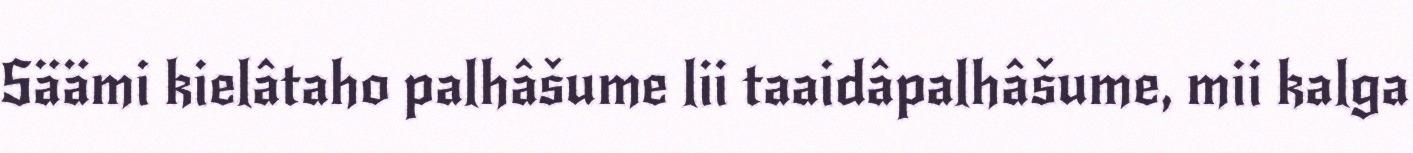
Säämi kielâtaho palhâšume lii taaidâpalhâšume, mii kalga